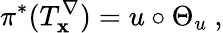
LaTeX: \pi^{*}(T_{\mathbf{x}}^{\nabla})=u\circ\Theta_{u}\ ,